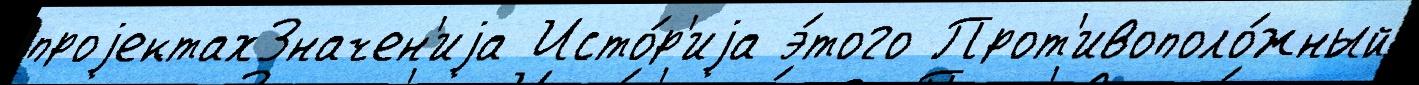
проjектахЗначен'иjа Исто́р'иjа э́того Прот'ивополо́жный